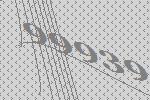
99939